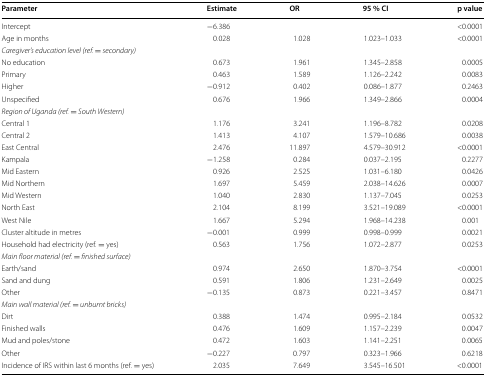
<table><thead><tr><td><b>Parameter</b></td><td><b>Estimate</b></td><td><b>OR</b></td><td><b>95 % CI</b></td><td><b>p value</b></td></tr></thead><tbody><tr><td>Intercept</td><td>−6.386</td><td></td><td></td><td>&lt;0.0001</td></tr><tr><td>Age in months</td><td>0.028</td><td>1.028</td><td>1.023–1.033</td><td>&lt;0.0001</td></tr><tr><td colspan="5"><i>Caregiver’s education level (ref. = secondary)</i></td></tr><tr><td>No education</td><td>0.673</td><td>1.961</td><td>1.345–2.858</td><td>0.0005</td></tr><tr><td>Primary</td><td>0.463</td><td>1.589</td><td>1.126–2.242</td><td>0.0083</td></tr><tr><td>Higher</td><td>−0.912</td><td>0.402</td><td>0.086–1.877</td><td>0.2463</td></tr><tr><td>Unspecified</td><td>0.676</td><td>1.966</td><td>1.349–2.866</td><td>0.0004</td></tr><tr><td colspan="5"><i>Region of Uganda (ref. = South Western)</i></td></tr><tr><td>Central 1</td><td>1.176</td><td>3.241</td><td>1.196–8.782</td><td>0.0208</td></tr><tr><td>Central 2</td><td>1.413</td><td>4.107</td><td>1.579–10.686</td><td>0.0038</td></tr><tr><td>East Central</td><td>2.476</td><td>11.897</td><td>4.579–30.912</td><td>&lt;0.0001</td></tr><tr><td>Kampala</td><td>−1.258</td><td>0.284</td><td>0.037–2.195</td><td>0.2277</td></tr><tr><td>Mid Eastern</td><td>0.926</td><td>2.525</td><td>1.031–6.180</td><td>0.0426</td></tr><tr><td>Mid Northern</td><td>1.697</td><td>5.459</td><td>2.038–14.626</td><td>0.0007</td></tr><tr><td>Mid Western</td><td>1.040</td><td>2.830</td><td>1.137–7.045</td><td>0.0253</td></tr><tr><td>North East</td><td>2.104</td><td>8.199</td><td>3.521–19.089</td><td>&lt;0.0001</td></tr><tr><td>West Nile</td><td>1.667</td><td>5.294</td><td>1.968–14.238</td><td>0.001</td></tr><tr><td>Cluster altitude in metres</td><td>−0.001</td><td>0.999</td><td>0.998–0.999</td><td>0.0021</td></tr><tr><td>Household had electricity (ref. = yes)</td><td>0.563</td><td>1.756</td><td>1.072–2.877</td><td>0.0253</td></tr><tr><td colspan="5"><i>Main floor material (ref. = finished surface)</i></td></tr><tr><td>Earth/sand</td><td>0.974</td><td>2.650</td><td>1.870–3.754</td><td>&lt;0.0001</td></tr><tr><td>Sand and dung</td><td>0.591</td><td>1.806</td><td>1.231–2.649</td><td>0.0025</td></tr><tr><td>Other</td><td>−0.135</td><td>0.873</td><td>0.221–3.457</td><td>0.8471</td></tr><tr><td colspan="5"><i>Main wall material (ref. = unburnt bricks)</i></td></tr><tr><td>Dirt</td><td>0.388</td><td>1.474</td><td>0.995–2.184</td><td>0.0532</td></tr><tr><td>Finished walls</td><td>0.476</td><td>1.609</td><td>1.157–2.239</td><td>0.0047</td></tr><tr><td>Mud and poles/stone</td><td>0.472</td><td>1.603</td><td>1.141–2.251</td><td>0.0065</td></tr><tr><td>Other</td><td>−0.227</td><td>0.797</td><td>0.323–1.966</td><td>0.6218</td></tr><tr><td>Incidence of IRS within last 6 months (ref. = yes)</td><td>2.035</td><td>7.649</td><td>3.545–16.501</td><td>&lt;0.0001</td></tr></tbody></table>